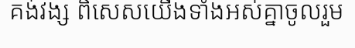
គង់វង្ស ពិសេសយើងទាំងអស់គ្នាចូលរួម